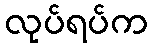
လုပ်ရပ်က